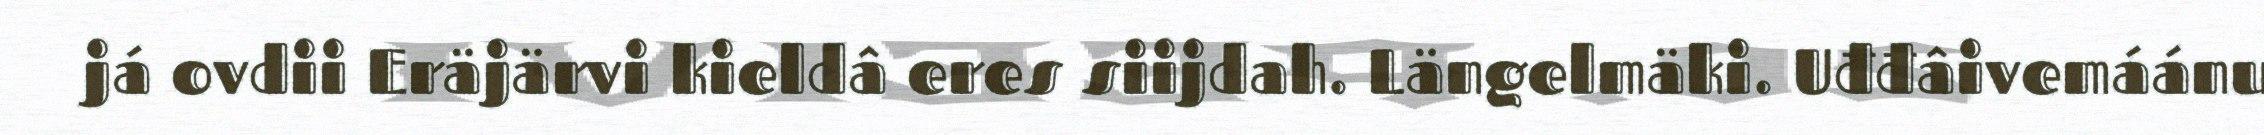
já ovdii Eräjärvi kieldâ eres siijdah. Längelmäki. Uđđâivemáánu